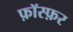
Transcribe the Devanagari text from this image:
फ़ॉस्फ़र